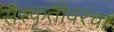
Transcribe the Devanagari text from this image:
संस्कृतीवरचा